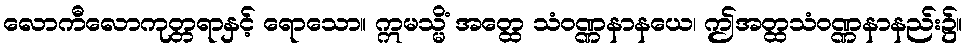
လောကီလောကုတ္တရာနှင့် ရောသော။ ဣမသ္မိံ အတ္ထေ သံဝဏ္ဏနာနယေ၊ ဤအတ္ထသံဝဏ္ဏနာနည်း၌။